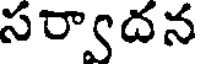
సర్వాదన